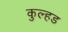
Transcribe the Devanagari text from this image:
कुल्हड